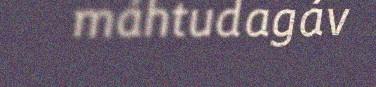
máhtudagáv